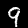
Label: 9